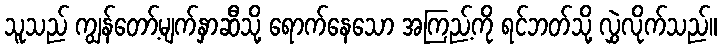
သူသည် ကျွန်တော့်မျက်နှာဆီသို့ ရောက်နေသော အကြည့်ကို ရင်ဘတ်သို့ လွှဲလိုက်သည်။